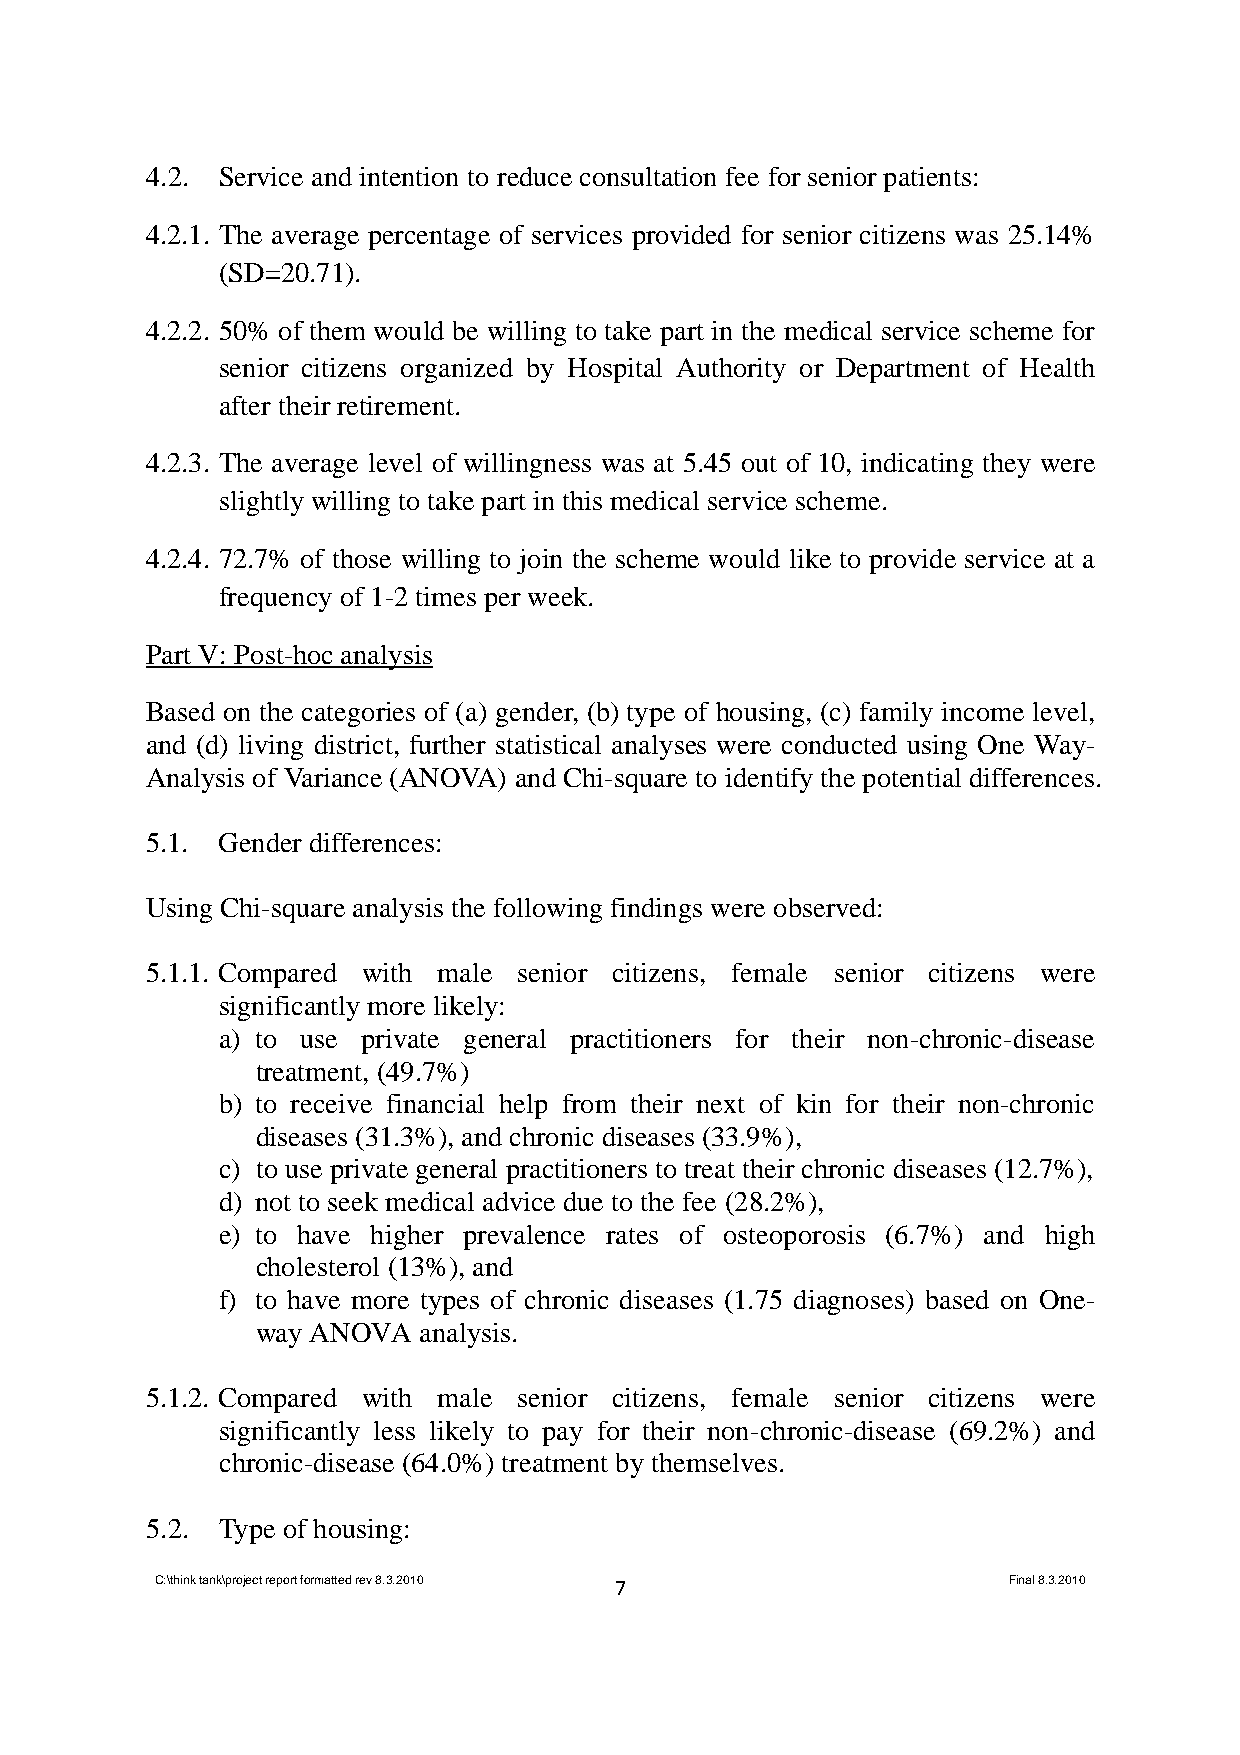
4.2. Service and intention to reduce consultation fee for senior patients:
 4.2.1. The average percentage of services provided for senior citizens was 25.14%
 (SD=20.71).
 4.2.2. 50% of them would be willing to take part in the medical service scheme for
 senior citizens organized by Hospital Authority or Department of Health
 after their retirement.
 4.2.3. The average level of willingness was at 5.45 out of 10, indicating they were
 slightly willing to take part in this medical service scheme.
 4.2.4. 72.7% of those willing to join the scheme would like to provide service at a
 frequency of 1-2 times per week.
 Part V: Post-hoc analysis
 Based on the categories of (a) gender, (b) type of housing, (c) family income level,
 and (d) living district, further statistical analyses were conducted using One Way-
 Analysis of Variance (ANOVA) and Chi-square to identify the potential differences.
 5.1. Gender differences:
 Using Chi-square analysis the following findings were observed:
 5.1.1. Compared with male senior citizens, female senior citizens were
 significantly more likely:
 a) to use private general practitioners for their non-chronic-disease
 treatment, (49.7%)
 b) to receive financial help from their next of kin for their non-chronic
 diseases (31.3%), and chronic diseases (33.9%),
 c) to use private general practitioners to treat their chronic diseases (12.7%),
 d) not to seek medical advice due to the fee (28.2%),
 e) to have higher prevalence rates of osteoporosis (6.7%) and high
 cholesterol (13%), and
 f) to have more types of chronic diseases (1.75 diagnoses) based on One-
 way ANOVA  analysis.
 5.1.2. Compared with male senior citizens, female senior citizens were
 significantly less likely to pay for their non-chronic-disease (69.2%) and
 chronic-disease (64.0%) treatment by themselves.
 5.2. Type of housing:
 C:\think tank\project report formatted rev 8.3.2010 7    Final 8.3.2010